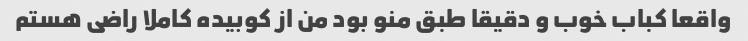
واقعا کباب خوب و دقیقا طبق منو بود من از کوبیده کاملا راضی هستم